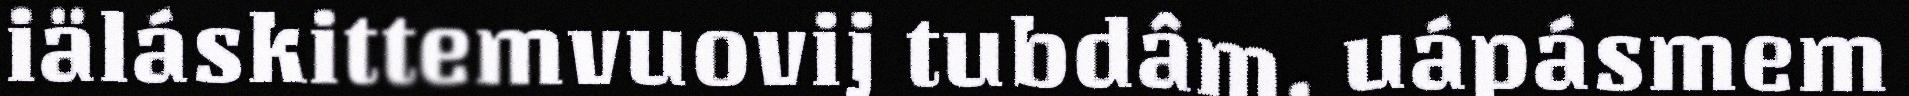
iäláskittemvuovij tubdâm, uápásmem